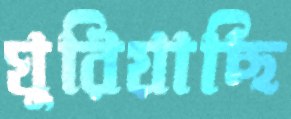
ঘুরিয়াছি